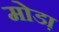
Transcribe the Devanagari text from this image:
मोडा़